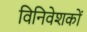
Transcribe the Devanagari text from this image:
विनिवेशकों